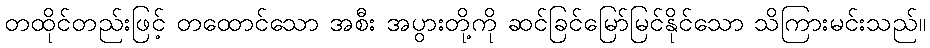
တထိုင်တည်းဖြင့် တထောင်သော အစီး အပွားတို့ကို ဆင်ခြင်မြော်မြင်နိုင်သော သိကြားမင်းသည်။